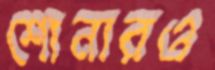
শোনারও